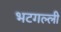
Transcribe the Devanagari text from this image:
भटगल्ली